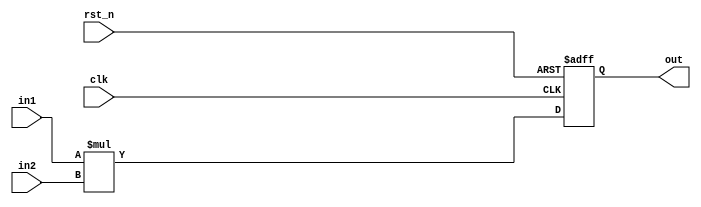
module bb_2X2(
  input clk,
  input rst_n,
  input [1:0] in1,
  input [1:0] in2,
  output [3:0] out
);

reg [3:0] out;
always @ (posedge clk or negedge rst_n) begin
  if (rst_n == 1'b0) begin
    out <= 4'b0;
  end else begin
    out <= in1 * in2;
  end
end

endmodule